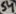
Text: S4